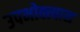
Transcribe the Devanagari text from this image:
उपभोक्त्यास